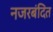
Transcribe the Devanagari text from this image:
नजरबंदित